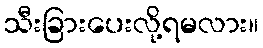
သီးခြားပေးလို့ရမလား။